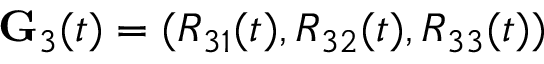
{ \bf G } _ { 3 } ( t ) = ( R _ { 3 1 } ( t ) , R _ { 3 2 } ( t ) , R _ { 3 3 } ( t ) )